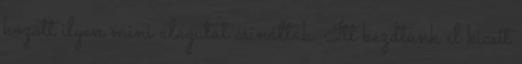
között ilyen mini alagutat csináltak. Itt kezdtünk el kicsit